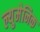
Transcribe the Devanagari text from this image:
ल्युमेनिक